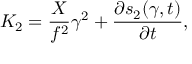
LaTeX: K _ { 2 } = \frac { X } { f ^ { 2 } } \gamma ^ { 2 } + \frac { \partial s _ { 2 } ( \gamma , t ) } { \partial t } ,